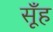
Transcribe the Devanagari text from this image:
सूँह